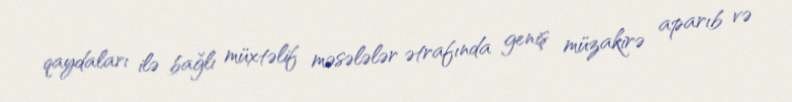
qaydaları ilə bağlı müxtəlif məsələlər ətrafında geniş müzakirə aparıb və